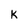
Character: K